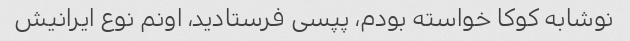
نوشابه کوکا خواسته بودم، پپسی فرستادید، اونم نوع ایرانیش